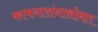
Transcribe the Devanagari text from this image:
कामगारांनासोबत